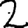
Digit: 2